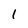
Character: 1